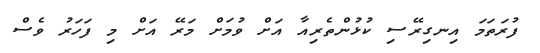
ފުރަތަމަ އިނގިރޭސި ކުޅުންތެރިއާ އަށް ވުމަށް މަރޭ އަށް މި ފަހަރު ވެސް